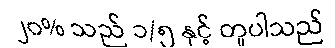
၂၀% သည် ၁/၅ နှင့် တူပါသည်